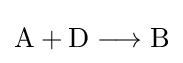
{\mathrm {A} {}+{}\mathrm {D} {}\mathrel {\longrightarrow } {}\mathrm {B} }